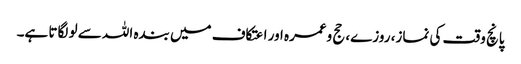
پانچ وقت کی نماز، روزے، حج وعمرہ اور اعتکاف میں بندہ اللہ سے لو لگاتا ہے۔